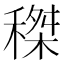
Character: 𥠹